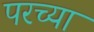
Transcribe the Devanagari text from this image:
परच्या